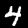
Digit: 4